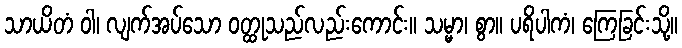
သာယိတံ ဝါ၊ လျက်အပ်သော ဝတ္ထုသည်လည်းကောင်း။ သမ္မာ၊ စွာ။ ပရိပါကံ၊ ကြေခြင်းသို့။